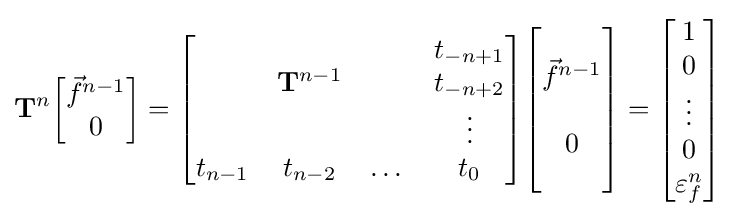
\mathbf {T} ^{n}{\begin{bmatrix}{\vec {f}}^{n-1}\\0\\\end{bmatrix}}={\begin{bmatrix}\ &\ &\ &t_{-n+1}\\\ &\mathbf {T} ^{n-1}&\ &t_{-n+2}\\\ &\ &\ &\vdots \\t_{n-1}&t_{n-2}&\dots &t_{0}\\\end{bmatrix}}{\begin{bmatrix}\ \\{\vec {f}}^{n-1}\\\ \\0\\\ \\\end{bmatrix}}={\begin{bmatrix}1\\0\\\vdots \\0\\\varepsilon _{f}^{n}\end{bmatrix}}